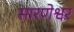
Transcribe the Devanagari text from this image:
सारणेश्वर